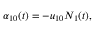
\alpha _ { 1 0 } ( t ) = - u _ { 1 0 } N _ { 1 } ( t ) ,